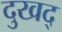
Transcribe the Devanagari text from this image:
दुखद्